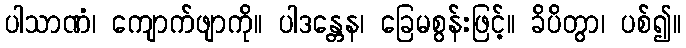
ပါသာဏံ၊ ကျောက်ဖျာကို။ ပါဒန္တေန၊ ခြေမစွန်းဖြင့်။ ခိပိတွာ၊ ပစ်၍။